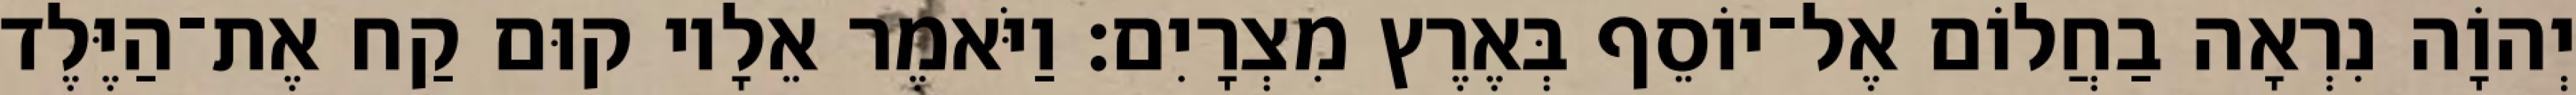
יְהוָֹה נִרְאָה בַחֲלוֹם אֶל־יוֹסֵף בְּאֶרֶץ מִצְרָיִם׃ וַיֹּאמֶר אֵלָיו קוּם קַח אֶת־הַיֶּלֶד